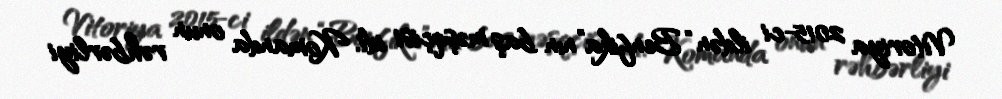
Vitoriya 2015-ci ildən “Benfika”nın baş məşqçisi idi. Komanda onun rəhbərliyi